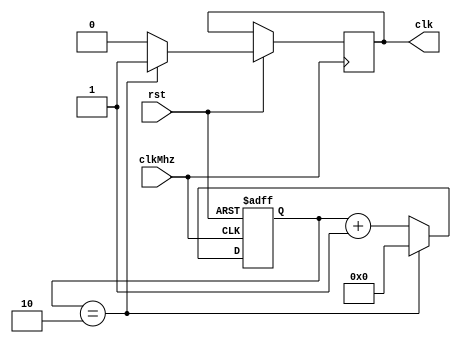
module Preescaler 
#(parameter FREC_REAL=50000000,parameter FREC_OUT=50000,parameter SIZE=8) 
(
	input clkMhz,rst,
	output reg clk
);

parameter BITS=(2**(SIZE));
parameter FREC=FREC_REAL/(FREC_OUT*BITS);
 
reg [25:0] contador;		//25 bits para reloj de 1hz

always@(posedge clkMhz or negedge rst)
begin
	if(~rst)
		contador<=0;
	else if (contador==FREC-1) begin
		contador<=0;
		clk<=1;
	end
	else begin
		contador<=contador+1'b1;
		clk<=0;
	end
end
endmodule